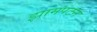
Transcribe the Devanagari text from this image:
झामपटन